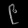
Digit: ၉